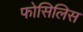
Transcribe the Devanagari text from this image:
फोसिलिस